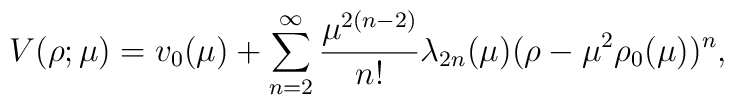
V(\rho; \mu) = v_0(\mu) + \sum_{n=2}^{\infty}\frac{\mu^{2(n-2)}}{n!}\lambda_{2n}(\mu)(\rho-\mu^2 \rho_0(\mu))^n,